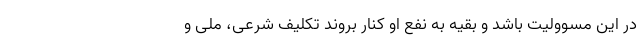
در این مسوولیت باشد و بقیه به نفع او کنار بروند تکلیف شرعی، ملی و